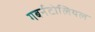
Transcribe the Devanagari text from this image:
गबर्नटोलियल